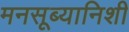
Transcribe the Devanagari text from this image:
मनसूब्यानिशी